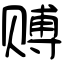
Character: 赙